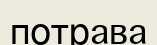
потрава